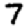
Digit: 7